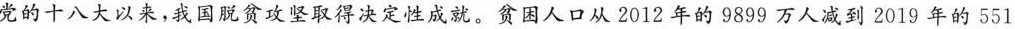
党的十八大以来，我国脱贫攻坚取得决定性成就。贫困人口从2012年的9899